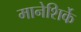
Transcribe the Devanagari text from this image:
मानेशिर्के